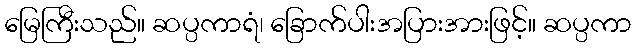
မြေကြီးသည်။ ဆပ္ပကာရံ၊ ခြောက်ပါးအပြားအားဖြင့်။ ဆပ္ပကာ